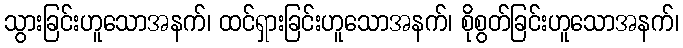
သွားခြင်းဟူသောအနက်၊ ထင်ရှားခြင်းဟူသောအနက်၊ စိုစွတ်ခြင်းဟူသောအနက်၊